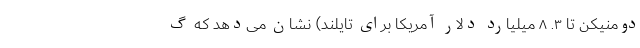
دومنیکن تا ۳. ۸ میلیارد دلار آمریکا برای تایلند) نشان می‌دهد که گ